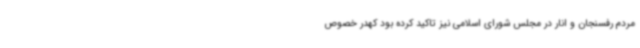
مردم رفسنجان و انار در مجلس شورای اسلامی نیز تاکید کرده بود کهدر خصوص